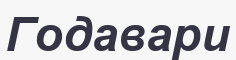
Годавари